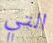
التي